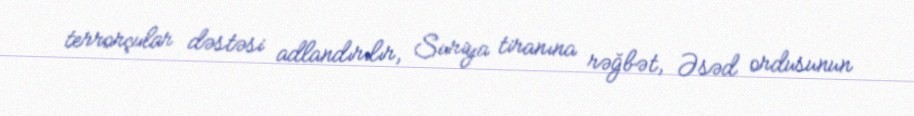
terrorçular dəstəsi adlandırılır, Suriya tiranına rəğbət, Əsəd ordusunun